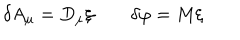
\delta A _ { \mu } = D _ { \mu } \xi \qquad \delta \varphi = M \xi